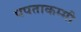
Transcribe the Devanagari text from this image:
पपताकम्मी